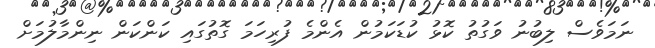
ނަމަވެސް ލިބުނު ވަގުތު ކޮޅު ކުޑަކަމުން އެންމެ ފުރިހަމަ ގޮތުގައި ކަންކަން ނިންމާލުމަށް